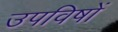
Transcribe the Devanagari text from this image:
उपविषों